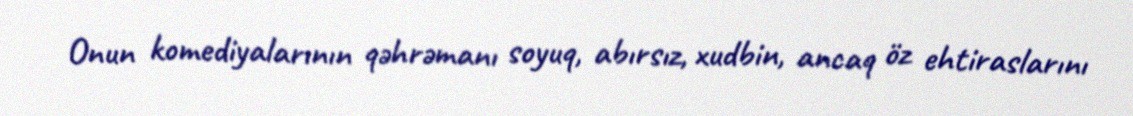
Onun komediyalarının qəhrəmanı soyuq, abırsız, xudbin, ancaq öz ehtiraslarını